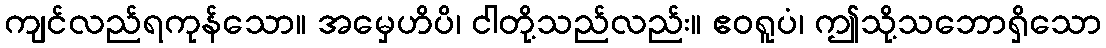
ကျင်လည်ရကုန်သော။ အမှေဟိပိ၊ ငါတို့သည်လည်း။ ဧဝရူပံ၊ ဤသို့သဘောရှိသော